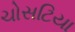
ચોસટિયા